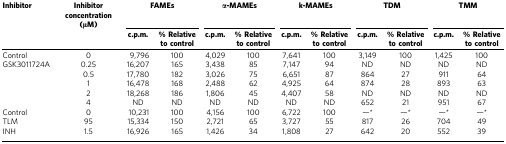
<table><thead><tr><td><b>Inhibitor</b></td><td><b>Inhibitor concentration (μM)</b></td><td colspan="2"><b>FAMEs</b></td><td colspan="2"><b>α-MAMEs</b></td><td colspan="2"><b>k-MAMEs</b></td><td colspan="2"><b>TDM</b></td><td colspan="2"><b>TMM</b></td></tr><tr><td><b> </b></td><td><b> </b></td><td><b>c.p.m.</b></td><td><b>% Relative to control</b></td><td><b>c.p.m.</b></td><td><b>% Relative to control</b></td><td><b>c.p.m.</b></td><td><b>% Relative to control</b></td><td><b>c.p.m.</b></td><td><b>% Relative to control</b></td><td><b>c.p.m.</b></td><td><b>% Relative to control</b></td></tr></thead><tbody><tr><td>Control</td><td>0</td><td>9,796</td><td>100</td><td>4,029</td><td>100</td><td>7,641</td><td>100</td><td>3,149</td><td>100</td><td>1,425</td><td>100</td></tr><tr><td>GSK3011724A</td><td>0.25</td><td>16,207</td><td>165</td><td>3,438</td><td>85</td><td>7,147</td><td>94</td><td>ND</td><td>ND</td><td>ND</td><td>ND</td></tr><tr><td> </td><td>0.5</td><td>17,780</td><td>182</td><td>3,026</td><td>75</td><td>6,651</td><td>87</td><td>864</td><td>27</td><td>911</td><td>64</td></tr><tr><td> </td><td>1</td><td>16,478</td><td>168</td><td>2,488</td><td>62</td><td>4,925</td><td>64</td><td>874</td><td>28</td><td>893</td><td>63</td></tr><tr><td> </td><td>2</td><td>18,268</td><td>186</td><td>1,806</td><td>45</td><td>4,407</td><td>58</td><td>ND</td><td>ND</td><td>ND</td><td>ND</td></tr><tr><td> </td><td>4</td><td>ND</td><td>ND</td><td>ND</td><td>ND</td><td>ND</td><td>ND</td><td>652</td><td>21</td><td>951</td><td>67</td></tr><tr><td>Control</td><td>0</td><td>10,231</td><td>100</td><td>4,156</td><td>100</td><td>6,722</td><td>100</td><td>—*</td><td>—*</td><td>—*</td><td>—*</td></tr><tr><td>TLM</td><td>95</td><td>15,334</td><td>150</td><td>2,721</td><td>65</td><td>3,727</td><td>55</td><td>817</td><td>26</td><td>704</td><td>49</td></tr><tr><td>INH</td><td>1.5</td><td>16,926</td><td>165</td><td>1,426</td><td>34</td><td>1,808</td><td>27</td><td>642</td><td>20</td><td>552</td><td>39</td></tr></tbody></table>